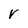
Character: V